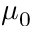
\mu _ { 0 }